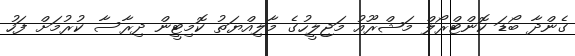
ގެންދާ ބޯޑަ ކޮންޓްރޯލް މަޝްރޫއު މަޖިލީހުގެ މާލިއްޔަތު ކޮމިޓީން ދިރާސާ ކުރުމަށް ފަހު